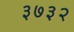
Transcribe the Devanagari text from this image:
३७३२